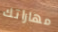
مهاراتك